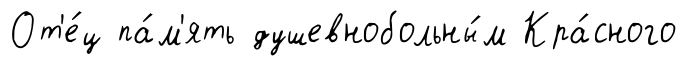
От'е́ц па́м'ять душевнобольны́м Кра́сного